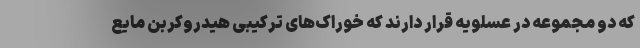
که دو مجموعه در عسلویه قرار دارند که خوراک‌های ترکیبی هیدروکربن مایع